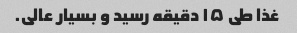
غذا طی ۱۵ دقیقه رسید و بسیار عالی.